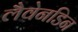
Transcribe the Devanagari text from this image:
लैवेनडिन